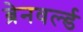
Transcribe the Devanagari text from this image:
ब्रेनवर्ल्ड